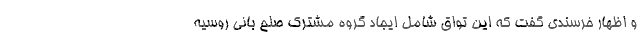
و اظهار خرسندی گفت که این تواق شامل ایجاد گروه مشترک صلح بانی روسیه